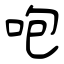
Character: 咆